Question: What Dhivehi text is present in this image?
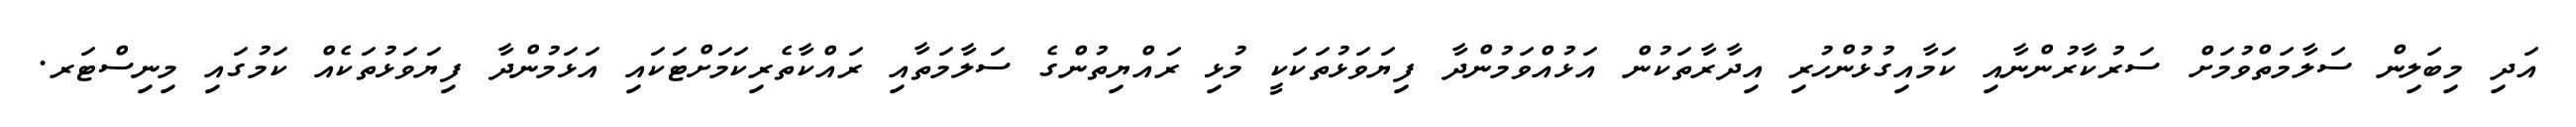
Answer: އަދި މިބަލިން ސަލާމަތްވުމަށް ސަރުކާރުންނާއި ކަމާއިގުޅުންހުރި އިދާރާތަކުން އަޅުއްވަމުންދާ ފިޔަވަޅުތަކަކީ މުޅި ރައްޔިތުންގެ ސަލާމަތާއި ރައްކާތެރިކަމަށްޓަކައި އަޅަމުންދާ ފިޔަވަޅުތަކެއް ކަމުގައި މިނިސްޓަރ.